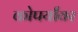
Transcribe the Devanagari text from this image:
कोपर्यांवर